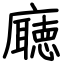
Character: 廰